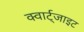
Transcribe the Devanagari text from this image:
क्वार्ट्जाइट